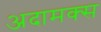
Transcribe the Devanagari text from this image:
अदामक्स